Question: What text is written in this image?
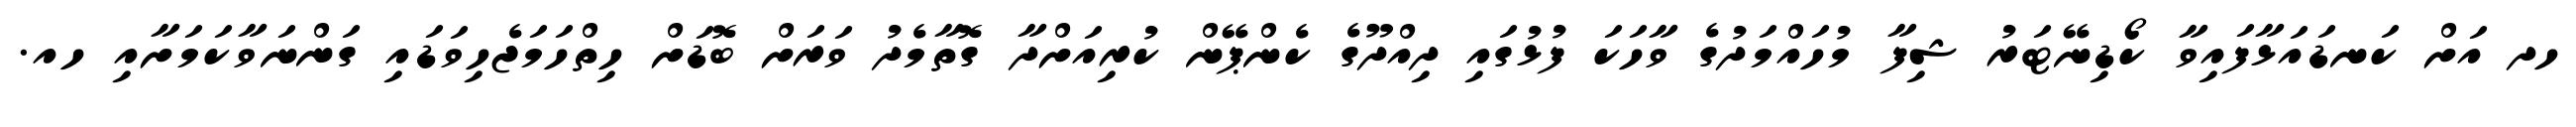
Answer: ހދ އަށް ކަނޑައަޅާފައިވާ ކޯޑިނޭޓަރު ޝިފާ މުހައްމަދުގެ ވާހަކަ ފުޅުގައި ދިއްދޫގެ ކެންޕޭން ކުރިއަށްދާ ގޮތާމެދު ވަރަށް ބޮޑަށް ހިތްހަމަޖެހިވަޑައި ގަންނަވާކަމަށާއި ހއ.